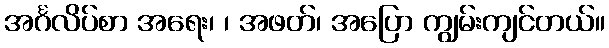
အင်္ဂလိပ်စာ အရေး၊ ၊ အဖတ်၊ အပြော ကျွမ်းကျင်တယ်။